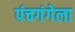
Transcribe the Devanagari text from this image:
पंचगंगेला